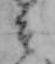
そ